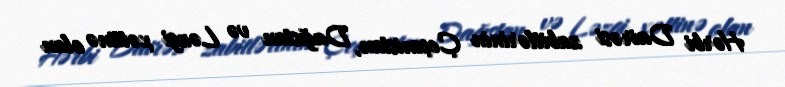
Hərbi Dairəsi zabitlərinin Çeçenistan, Dağıstan və Ləzgi xəttinə olan